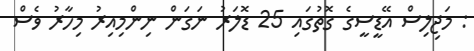
: މަޖިލިސް އޭޑީސީގެ ގޮތުގައި 25 ޑޮލަރު ނަގަން ނިންމިއިރު މިހާރު ވެސް